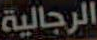
الرجالية